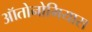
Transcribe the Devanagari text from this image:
ऑतोनोमियास